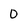
Character: 0